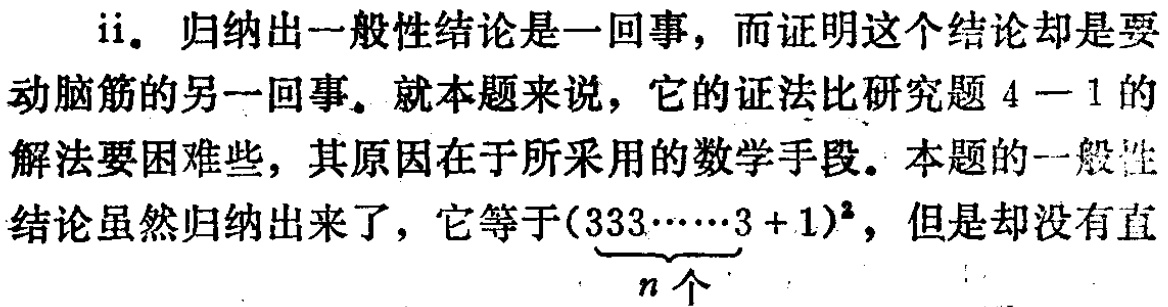
ii. 归纳出一般性结论是一回事，而证明这个结论却是要动脑筋的另一回事。就本题来说，它的证法比研究题 \(4 - 1\) 的解法要困难些，其原因在于所采用的数学手段。本题的一般性结论虽然归纳出来了，它等于\((\underbrace{333\cdots\cdots3}_{n个}+1)^2\)，但是却没有直